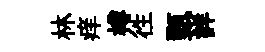
林痒樽徃甄詳